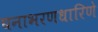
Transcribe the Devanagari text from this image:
घनाभरणधारिणे